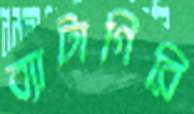
ব্যাটাগিরি